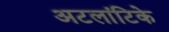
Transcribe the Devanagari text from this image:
अटलांटिके